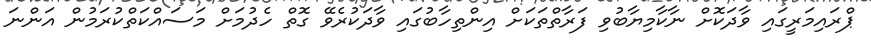
ޕްރައިމަރީގައި ވާދަކޮށް ނާކާމިޔާބުވި ފަރާތްތަކަށް އިންތިހާބުގައި ވާދަކުރެވޭ ގޮތް ހެދުމަށް މަސައްކަތްކުރަމުން އަންނަ